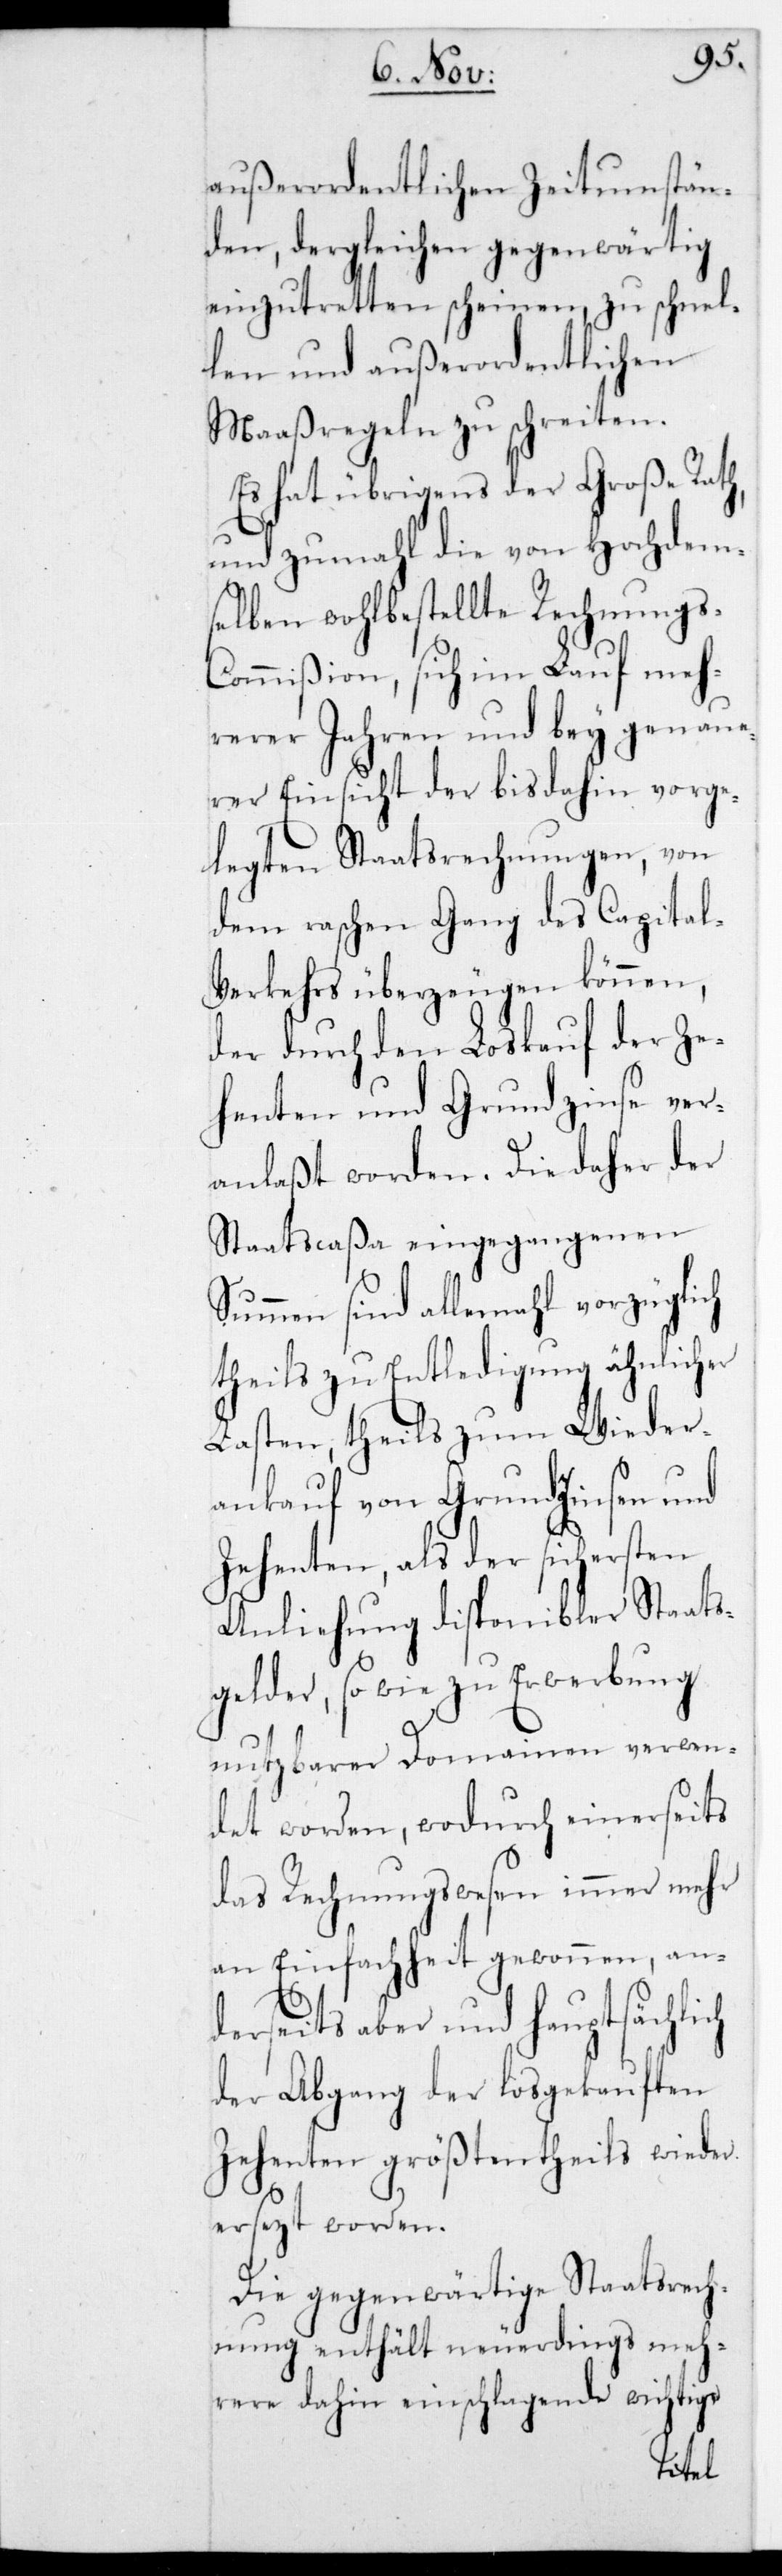
außerordentlichen Zeit¬
stän¬
den, dergleichen gegenwärtig
chen
einzutretten scheinen,
len und außerordent¬
Maaßregeln zu sch¬
ch
Es hat übrigens der
und zumahl die von Hochdem¬
selben wohlbestellte Rec¬
l-V¬
s-Commißion, sich im L¬
hrerer Jahren und bey
rer Einsicht der bis dahin vorge¬
en
legten Staatsrechung¬
dem raschen Gang des Capita¬
erkehrs überzeugen können,
der durch den Loskauf der Ze¬
henten und Grundzinse ver¬
anlaßt worden. Die daher der
Staatscaßa eingegangenen
Summen sind allemal vorzügli¬
theils zu Entledigung ähnlicher
Lasten, theils zum Wieder¬
ankauf von Grundzinsen und
Zehenten, als der sichersten
Anliehung disponibler Staats¬
gelder, sowie zu Erwerbung
verwen¬
nutzbarer Domain¬
det worden, wodurch einerseits
das Rechnungswesen immer mehr
an Einfachheit gewonnen, an¬
derseits aber und hauptsächlich
der Abgang der losgekauften
Zehenten größtentheils wieder
ersetzt worden.
Die gegenwärtige Staatsrech¬
nung enthält neuerdings meh¬
rere dahin einschlagende wichtige